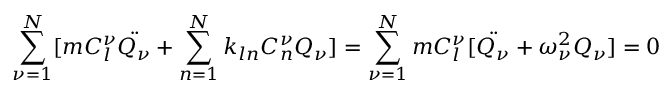
\sum _ { \nu = 1 } ^ { N } [ m C _ { l } ^ { \nu } \ddot { Q _ { \nu } } + \sum _ { n = 1 } ^ { N } k _ { l n } C _ { n } ^ { \nu } Q _ { \nu } ] = \sum _ { \nu = 1 } ^ { N } m C _ { l } ^ { \nu } [ \ddot { Q _ { \nu } } + \omega _ { \nu } ^ { 2 } Q _ { \nu } ] = 0